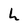
Character: h